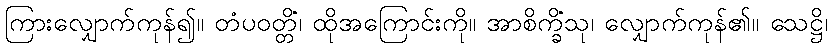
ကြားလျှောက်ကုန်၍။ တံပဝတ္တိံ၊ ထိုအကြောင်းကို။ အာစိက္ခိံသု၊ လျှောက်ကုန်၏။ သေဋ္ဌိ၊